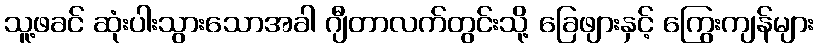
သူ့ဖခင် ဆုံးပါးသွားသောအခါ ဂျီတာလက်တွင်းသို့ ခြေဖျားနှင့် ကြွေးကျန်များ